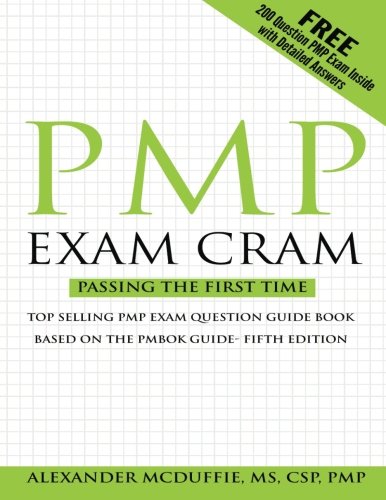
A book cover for PMP Exam Cram: Pass on the First Time Project Management Professional Exam; Alexander McDuffie; Test Preparation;